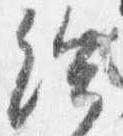
給